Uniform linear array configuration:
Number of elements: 64
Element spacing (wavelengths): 0.25
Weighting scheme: kaiser
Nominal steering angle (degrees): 15
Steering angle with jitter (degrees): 14.631
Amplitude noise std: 0.05
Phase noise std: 0.05

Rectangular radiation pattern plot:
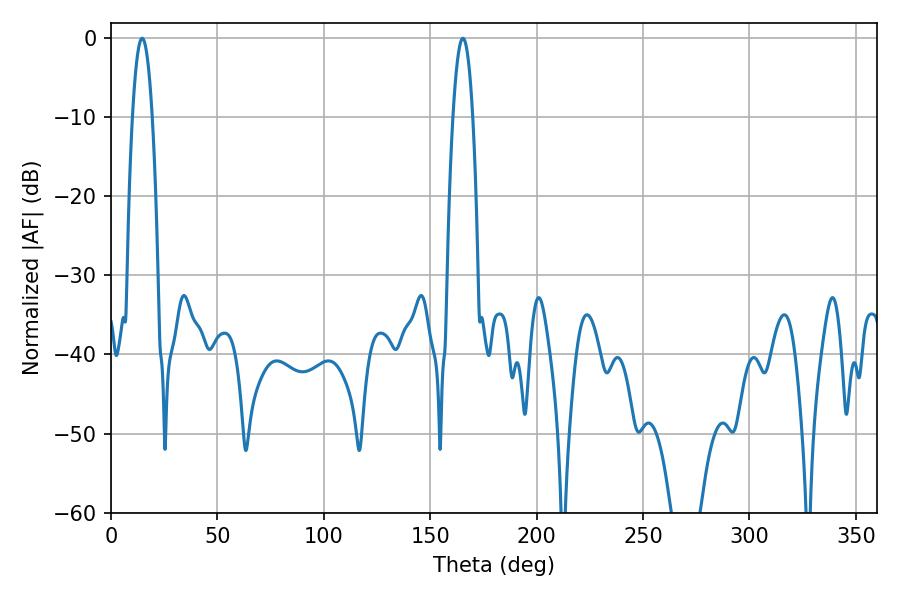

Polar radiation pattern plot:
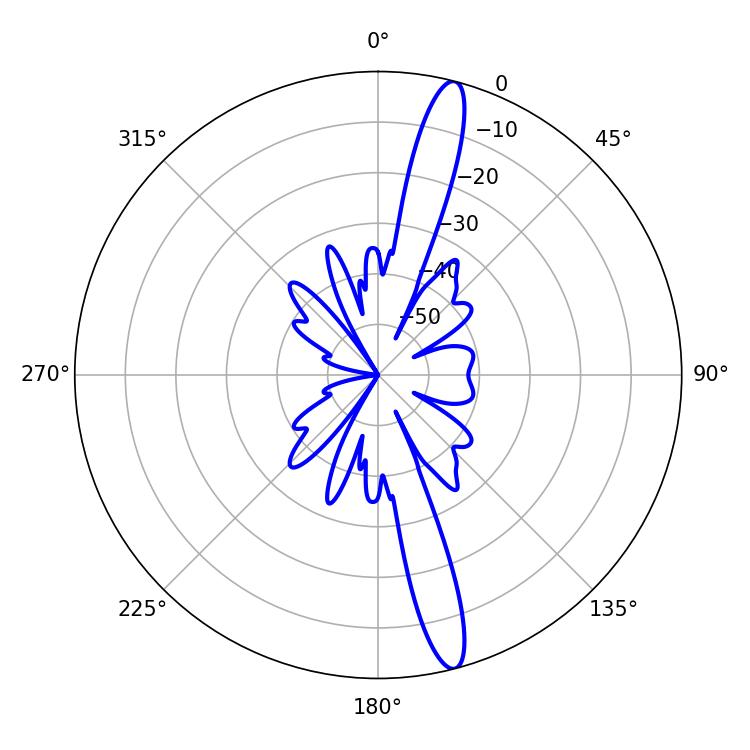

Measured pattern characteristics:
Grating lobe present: FALSE
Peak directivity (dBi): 16.103
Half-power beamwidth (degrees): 5.22
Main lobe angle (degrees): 14.58